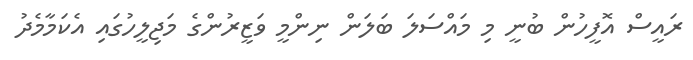
ރައީސް އޮފީހުން ބުނީ މި މައްސަލަ ބަލަން ނިންމީ ވަޒީރުންގެ މަޖިލީހުގައި އެކަމާމެދު